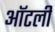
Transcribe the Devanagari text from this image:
ऑटली